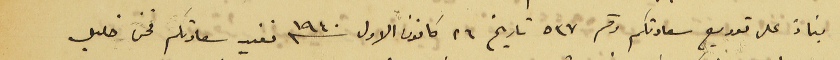
بناءً على توريع سعادتكم رقم ٥٣٧ تاريخ ٢٦ كانون الاول سنه ١٩٤٠ نفيد سعادتكم نحن خليل